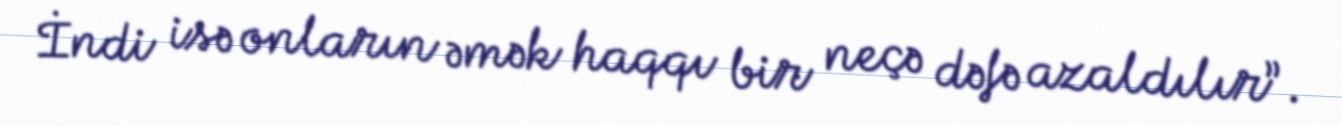
İndi isə onların əmək haqqı bir neçə dəfə azaldılır”.